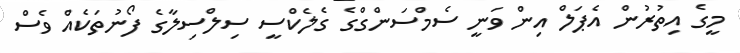
މީގެ އިތުރުން އެޕަލް އިން ވަނީ ސެމްސަންގްގެ ގެލެކްސީ ސިލްސިލާގެ ފޯނުތަކެއް ވެސް